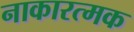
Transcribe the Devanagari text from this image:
नाकारत्मक